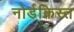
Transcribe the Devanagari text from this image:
नोर्डकिस्त